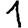
Digit: 1